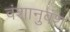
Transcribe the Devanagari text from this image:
वंशानुवंश